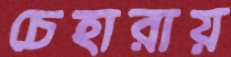
চেহারায়